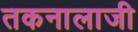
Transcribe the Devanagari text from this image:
तकनालाजी